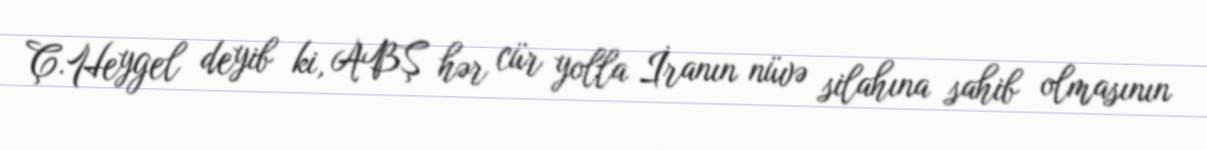
Ç.Heygel deyib ki, ABŞ hər cür yolla İranın nüvə silahına sahib olmasının